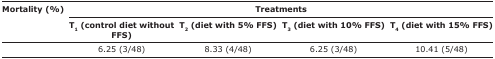
<table><thead><tr><td rowspan="3"><b>Mortality (%)</b></td><td colspan="4"><b>Treatments</b></td></tr><tr><td><b>T<sub>1</sub> (control diet without FFS)</b></td><td><b>T<sub>2</sub> (diet with 5% FFS)</b></td><td><b>T<sub>3</sub> (diet with 10% FFS)</b></td><td><b>T<sub>4</sub> (diet with 15% FFS)</b></td></tr></thead><tbody><tr><td></td><td>6.25 (3/48)</td><td>8.33 (4/48)</td><td>6.25 (3/48)</td><td>10.41 (5/48)</td></tr></tbody></table>